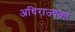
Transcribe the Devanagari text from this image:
अधिराज्यका